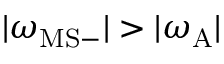
| \omega _ { \mathrm { M S } - } | > | \omega _ { \mathrm { A } } |